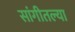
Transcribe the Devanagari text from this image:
सांगीतल्या